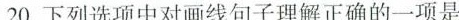
20.下列选项中对画线句子理解正确的一项是